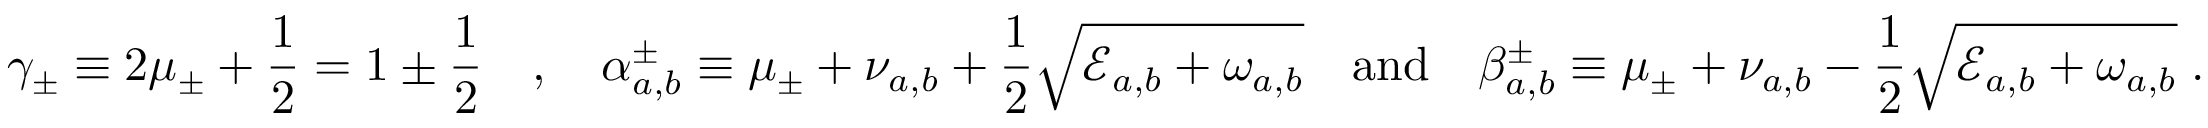
\gamma _ { \pm } \equiv 2 \mu _ { \pm } + \frac { 1 } { 2 } = 1 \pm \frac { 1 } { 2 } \quad , \quad \alpha _ { a , b } ^ { \pm } \equiv \mu _ { \pm } + \nu _ { a , b } + \frac { 1 } { 2 } \sqrt { \mathcal { E } _ { a , b } + \omega _ { a , b } } \quad \mathrm { a n d } \quad \beta _ { a , b } ^ { \pm } \equiv \mu _ { \pm } + \nu _ { a , b } - \frac { 1 } { 2 } \sqrt { \mathcal { E } _ { a , b } + \omega _ { a , b } } \; .